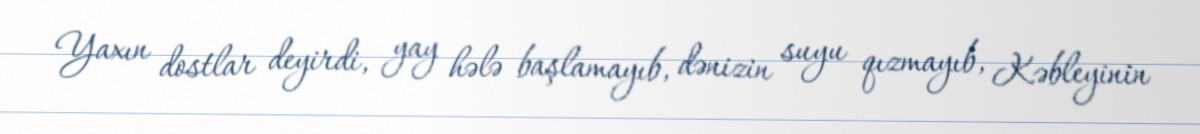
Yaxın dostlar deyirdi, yay hələ başlamayıb, dənizin suyu qızmayıb, Kəbleyinin